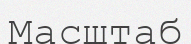
Масштаб